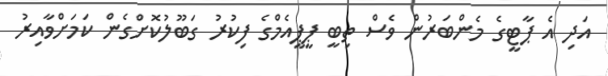
އަދި އެ ޕާޓީގެ މެންބަރުން ވެސް ތިބީ ޕީޕީއެމްގެ ފިކުރު ގަބޫލުކޮށްގެން ކަމަށްވާއިރު